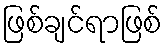
ဖြစ်ချင်ရာဖြစ်